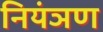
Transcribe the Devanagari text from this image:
नियंञण